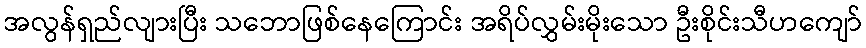
အလွန်ရှည်လျားပြီး သဘောဖြစ်နေကြောင်း အရိပ်လွှမ်းမိုးသော ဦးစိုင်းသီဟကျော်